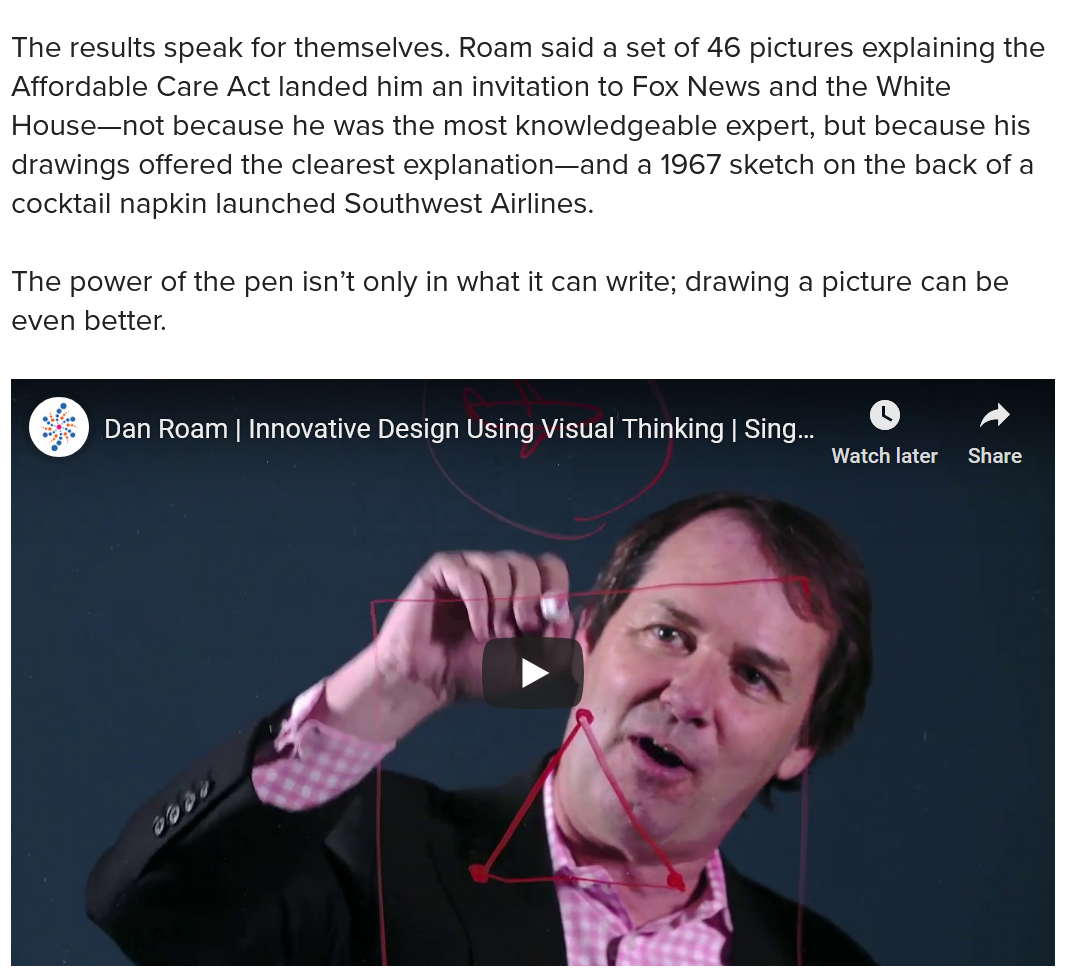
The power of the pen isn’t only in what it can write; drawing a picture can be
  even better.
  sf)  Dan Roam
  |
     Innovative Design Using Visual Thinking | Sing...
     Co    lad
     VA
     }    Watch later Share
  The results speak for themselves. Roam said a set of 46 pictures explaining the
  Affordable Care Act landed him an invitation to Fox News and the White
  House—not because he was the most knowledgeable expert, but because his
  drawings offered the clearest explanation—and a 1967 sketch on the back of a
  cocktail napkin launched Southwest Airlines.
     Dan Roam | Innovative Design Using Visual Thinking | Sing...
     Watch later Share